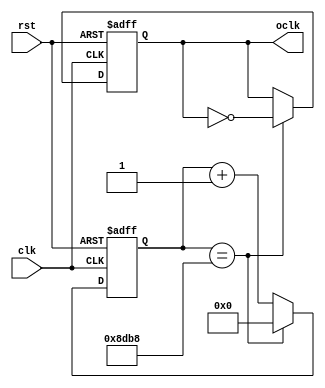
`timescale 1ns / 1ps
//////////////////////////////////////////////////////////////////////////////////
// Company: 
// Engineer: 
// 
// Design Name: 
// Module Name:    Divide_72562 
// Project Name: 
// Target Devices: 
// Tool versions: 
// Description: 
//
// Dependencies: 
//
// Revision: 
// Revision 0.01 - File Created
// Additional Comments: 
//
//////////////////////////////////////////////////////////////////////////////////
module Divide_72562(
     clk,
     oclk,
     rst
    );
	 input clk;
    input rst;
	 output reg oclk;
	 reg [15:0]Q;
	 parameter n=36281;
	 //assign oclk=clk;
	 always @(posedge clk or negedge rst)begin
	 if(!rst) begin
			Q<=0;
			oclk=0;
			end
	 else if(Q==n-1)begin
			Q<=0;
			oclk=~oclk;
			end
	 else
			Q<=Q+15'b1;
	 end

endmodule